Scientific memoirs by medical officers of the Army of India - Part X,
Year: 1897
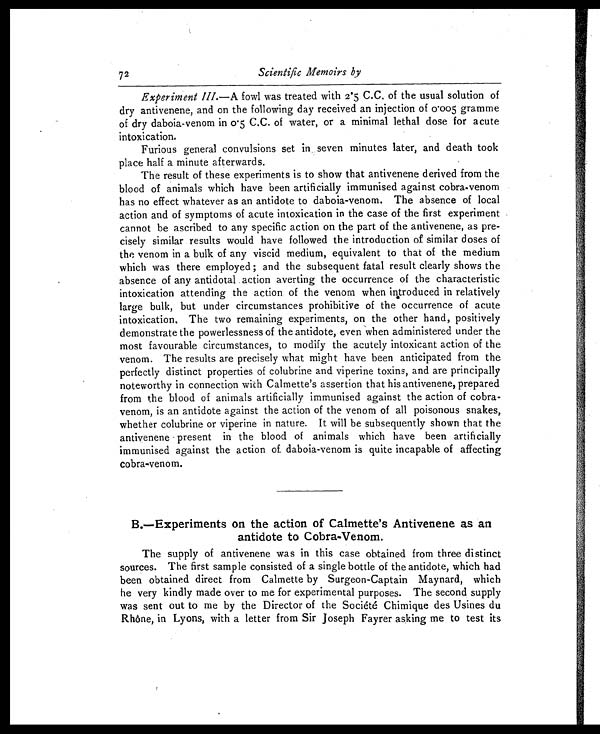
72
Scientific Memoirs by
Experiment III. —A fowl was treated with 2.5 C.C. of the usual solution of
dry antivenene, and on the following day received an injection of 0.005 gramme
of dry daboia-venom in 0.5 C.C. of water, or a minimal lethal dose for acute
intoxication.
Furious general convulsions set in, seven minutes later, and death took
place half a minute afterwards.
The result of these experiments is to show that antivenene derived from the
blood of animals which have been artificially immunised against cobra-venom
has no effect whatever as an antidote to daboia-venom. The absence of local
action and of symptoms of acute intoxication in the case of the first experiment
cannot be ascribed to any specific action on the part of the antivenene, as pre-
cisely similar results would have followed the introduction of similar doses of
the venom in a bulk of any viscid medium, equivalent to that of the medium
which was there employed ; and the subsequent fatal result clearly shows the
absence of any antidotal action averting the occurrence of the characteristic
intoxication attending the action of the venom when introduced in relatively
large bulk, but under circumstances prohibitive of the occurrence of acute
intoxication, The two remaining experiments, on the other hand, positively
demonstrate the powerlessness of the antidote, even when administered under the
most favourable circumstances, to modify the acutely intoxicant action of the
venom. The results are precisely what might have been anticipated from the
perfectly distinct properties of colubrine and viperine toxins, and are principally
noteworthy in connection with Calmette's assertion that his antivenene, prepared
from the blood of animals artificially immunised against the action of cobra-
venom, is an antidote against the action of the venom of all poisonous snakes,
whether colubrine or viperine in nature. It will be subsequently shown that the
antivenene present in the blood of animals which have been artificially
immunised against the action of. daboia-venom is quite incapable of affecting
cobra-venom.
B.—Experiments on the action of Calmette's Antivenene as an
antidote to Cobra-Venom.
The supply of antivenene was in this case obtained from three distinct
sources. The first sample consisted of a single bottle of the antidote, which had
been obtained direct from Calmette by Surgeon-Captain Maynard, which
he very kindly made over to me for experimental purposes. The second supply
was sent out to me by the Director of the Société Chimique des Usines du
Rhône, in Lyons, with a letter from Sir Joseph Fayrer asking me to test its